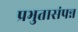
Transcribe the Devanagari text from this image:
प्रभुतासंपन्न